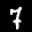
Label: 7